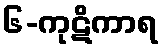
၆-ကုဋိကာရ